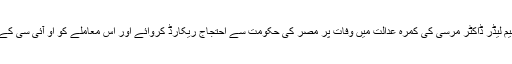
ذکر اللہ مجاہد نے حکومت پاکستان سے مطالبہ کیا ہے کہ حکومت پاکستان کو چاہیے کہ عظیم لیڈر ڈاکٹر مرسی کی کمرہ عدالت میں وفات پر مصر کی حکومت سے احتجاج ریکارڈ کروائے اور اس معاملے کو او آئی سی کے اجلاس میں اُٹھا جائے اور ڈاکٹر مرسی کی وفات پر مکمل تحقیقات کروانے کا مطالبہ کرے۔